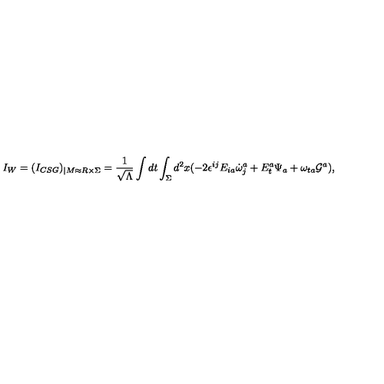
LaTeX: I _ { W } = ( I _ { C S G } ) _ { | M \approx R \times \Sigma } = \frac { 1 } { \sqrt { \Lambda } } \int d t \int _ { \Sigma } d ^ { 2 } x ( - 2 \epsilon ^ { i j } E _ { i a } \dot { \omega } _ { j } ^ { a } + E _ { t } ^ { a } \Psi _ { a } + \omega _ { t a } { \cal G } ^ { a } ) ,